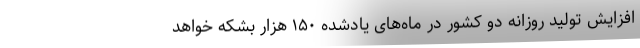
افزایش تولید روزانه دو کشور در ماه‌های یادشده ۱۵۰ هزار بشکه خواهد